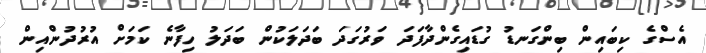
އެސްގެ ކިބައިން ބިންގަނޑު ގުޑައިގެންދާފަދަ ވަރުގަދަ ބަދަލަކުން ބަދަލު ހިފާނެ ކަމަށް އުރުދުންއިން